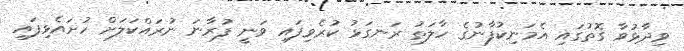
ވިދާޅުވާ ގޮތުގައި އެމަނިކުފާނުގެ ހާލަތު ރަނގަޅު ކުރެވިފައި ވަނީ ފުރާނަ ނުރައްކަލަށް ހުށައެޅިފައި